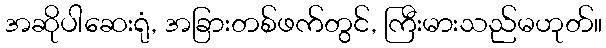
အဆိုပါဆေးရုံ, အခြားတစ်ဖက်တွင်, ကြီးမားသည်မဟုတ်။